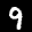
Label: 9